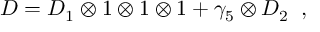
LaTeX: D = D _ { 1 } \otimes 1 \otimes 1 \otimes 1 + \gamma _ { 5 } \otimes D _ { 2 } \; \; ,